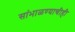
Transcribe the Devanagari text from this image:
सांभाळण्याचीही